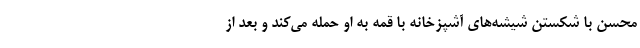
محسن با شکستن شیشه‌های آشپزخانه با قمه به او حمله می‌کند و بعد از